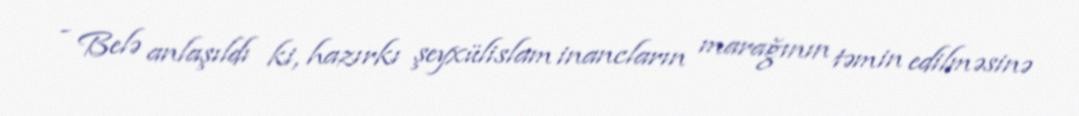
- Belə anlaşıldı ki, hazırkı şeyxülislam inancların marağının təmin edilməsinə